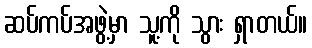
ဆပ်ကပ်အဖွဲ့မှာ သူ့ကို သွား ရှာတယ်။